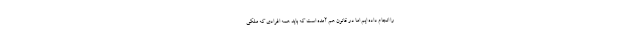
را انجام داده ایم اما در قانون هم آمده است که باید همه افرادی که ملکی